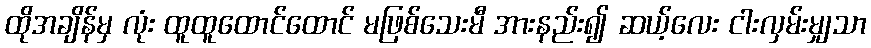
ထိုအချိန်မှ လုံး ထူထူထောင်ထောင် မဖြစ်သေးမီ အားနည်း၍ ဆယ့်လေး ငါးလှမ်းမျှသာ